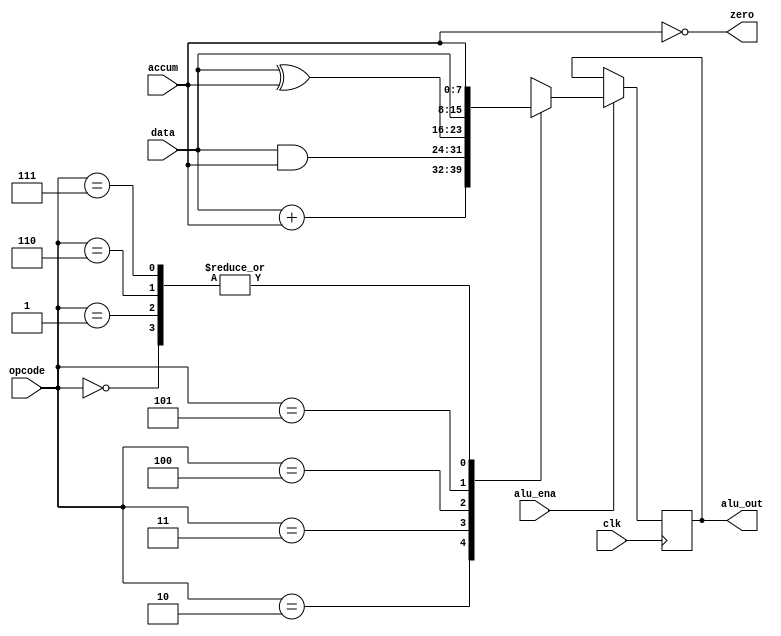
//
//
module alu (
    input           clk             ,
    input           alu_ena         ,
    input   [2:0]   opcode          ,//
    input   [7:0]   data            ,
    input   [7:0]   accum           ,
    output              zero        ,    //data
    output  reg [7:0]   alu_out      
);
    parameter HLT = 3'b000  ,//
              SKZ = 3'b001  ,
              ADD = 3'b010  ,
              ANDD = 3'b011 ,
              XORR = 3'b100 ,
              LDA = 3'b101  ,
              STO = 3'b110  ,
              JMP = 3'b111  ;
    
    always @(posedge clk) begin
        if (alu_ena) begin
            casex (opcode)
                HLT: alu_out    <=  accum               ;
                SKZ: alu_out    <=  accum               ;
                ADD: alu_out    <=  data + accum        ;
                ANDD: alu_out   <=  data & accum        ;
                XORR: alu_out   <=  data ^ accum        ;
                LDA: alu_out    <=  data                ;
                STO: alu_out    <=  accum               ;
                JMP: alu_out    <=  accum               ;
                default: alu_out    <=  8'bxxxx_xxxx    ;
            endcase
        end
    end

    assign zero = !accum    ;//accum01
endmodule